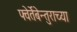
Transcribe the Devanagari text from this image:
फ्वेर्तेबेन्तुराच्या